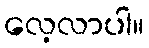
လေ့လာပါ။